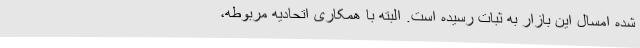
شده امسال این بازار به ثبات رسیده است. البته با همکاری اتحادیه مربوطه،